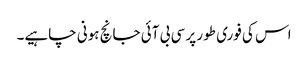
اس کی فوری طور پر سی بی آئی جانچ ہونی چاہیے۔